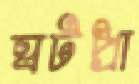
ঘটপ্রা